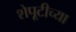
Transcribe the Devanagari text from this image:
शेपूटीच्या